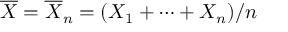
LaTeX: { \overline { { X } } } = { \overline { { X } } } _ { n } = ( X _ { 1 } + \cdots + X _ { n } ) / n